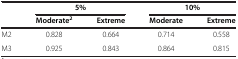
<table><thead><tr><td rowspan="2"><b> </b></td><td colspan="2"><b>5%</b></td><td colspan="2"><b>10%</b></td></tr><tr><td><b>Moderate<sup>2</sup></b></td><td><b>Extreme</b></td><td><b>Moderate</b></td><td><b>Extreme</b></td></tr></thead><tbody><tr><td>M2</td><td>0.828</td><td>0.664</td><td>0.714</td><td>0.558</td></tr><tr><td>M3</td><td>0.925</td><td>0.843</td><td>0.864</td><td>0.815</td></tr></tbody></table>